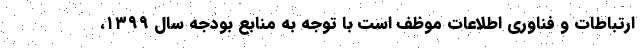
ارتباطات و فناوری اطلاعات موظف است با توجه به منابع بودجه سال ۱۳۹۹،